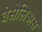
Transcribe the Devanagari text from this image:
वेसेलिअस